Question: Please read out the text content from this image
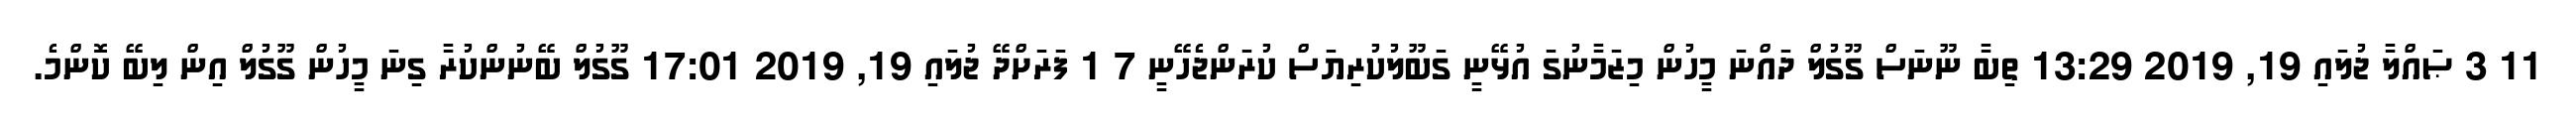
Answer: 11 3 ޞައްލާ ޖުލައި 19, 2019 13:29 ތިބާ ނޫނަސް ގޫގުލް ދައްނަ މީހުން މިޒަމާނުގަ އުޅޭނީ ގަބޫލުކުރިޔަސް ކުރަންޖެހޭނީ 7 1 ފަރަށްދޭ ޖުލައި 19, 2019 17:01 ގޫގުލް ބޭނުންކުރާ ގިނަ މީހުން ގޫގުލް އިން ލިބޭ ކޮންމެ.